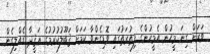
ވަރަށް ގިނަ މީހުން އެމީހުންގެ ފިޠުރަތުގައި ވޮޑިގެންވާ ކަމަށް ޤަބޫލުކުރުމުގެ ޢަޤީދާ ގެއްލިގެން